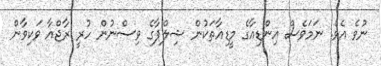
ނުވެ އެވެ. ނަމަވެސް އިންޑިއާގެ މީޑިއާތަކުން ޝިލްޕާގެ ވިސްނުން ހުރީ ރާޖްއާ ވަކިވާން